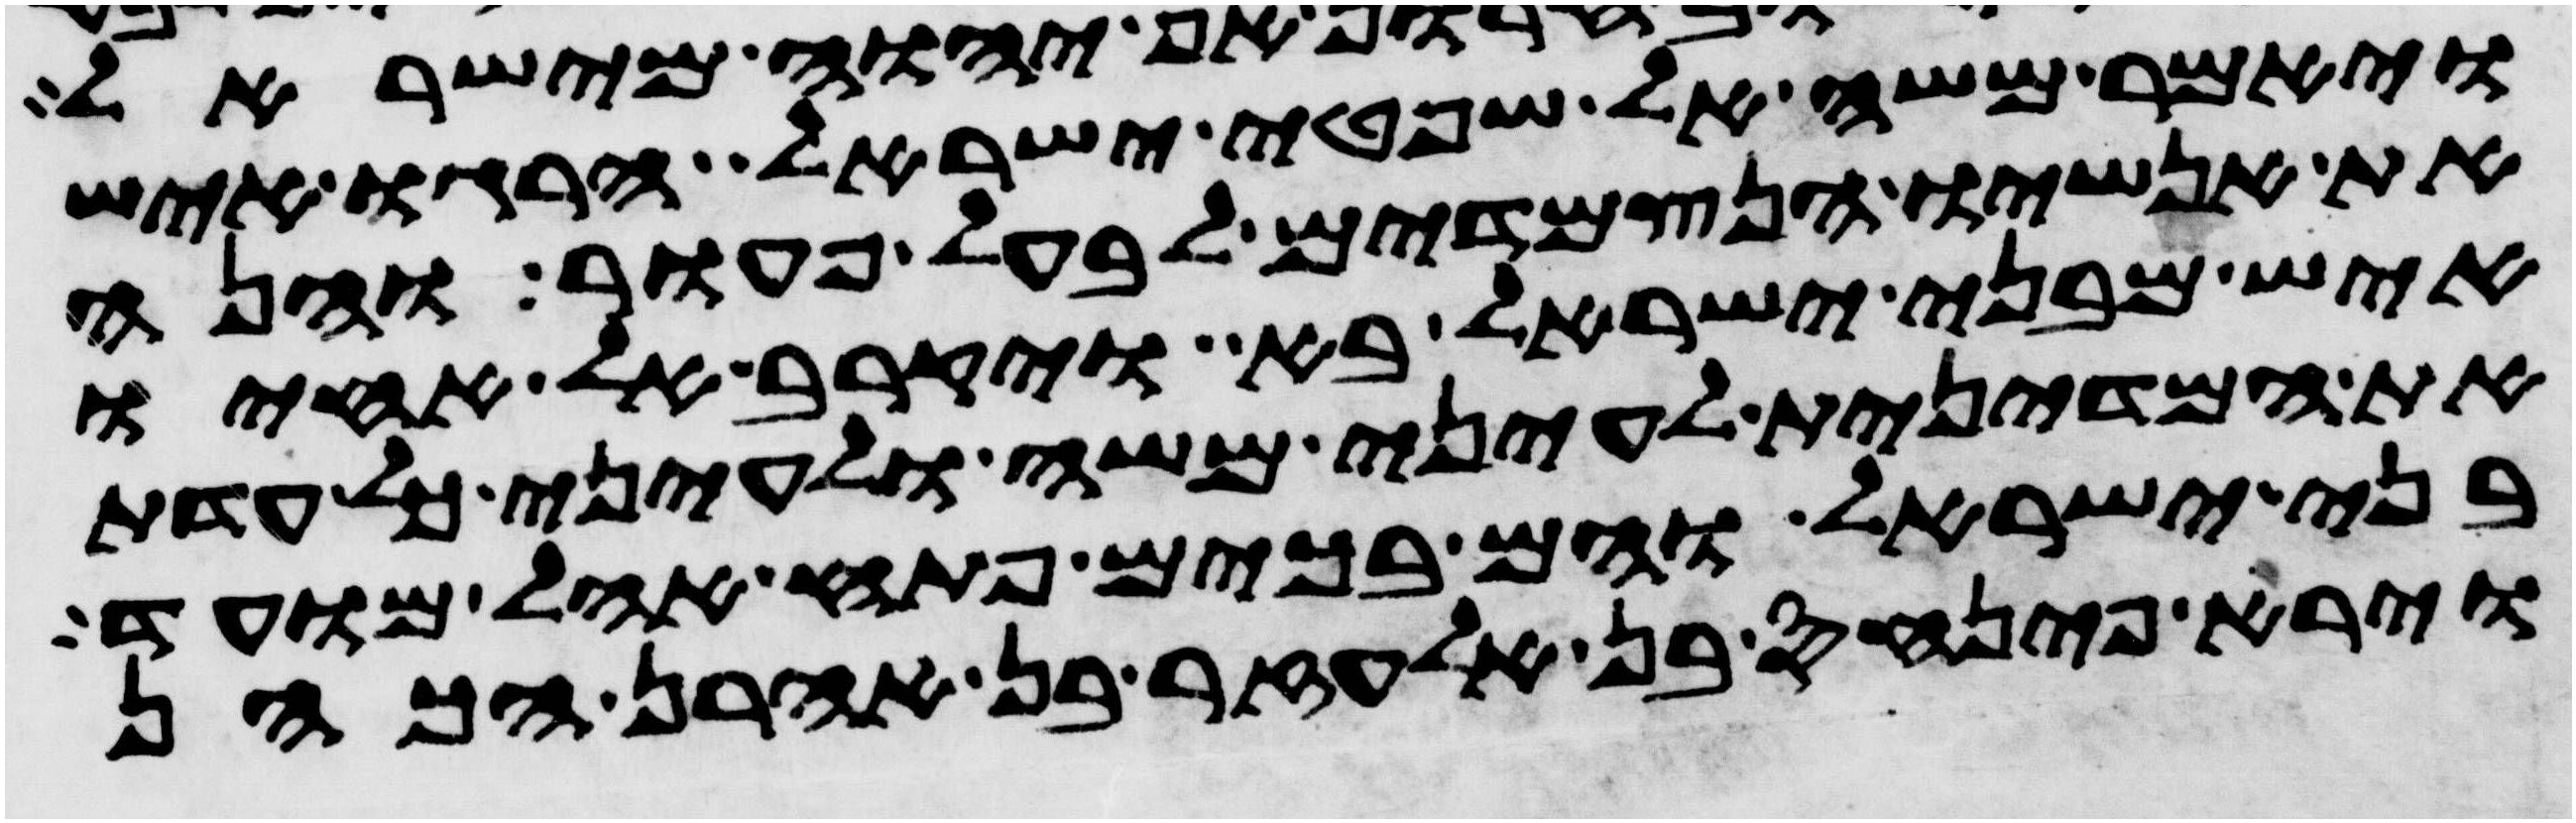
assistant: ויאמר משה אל שפטי ישראל הרגו איש
את אנשיו הנצמדים לבעל פעור והנה
איש מבני ישראל בא ויקרב אל אחיו
את המדינית לעיני משה ולעיני כל עדת
בני ישראל והם בכים פתח אהל מועד
וירא פינחס בן אלעזר בן אהרן הכהן